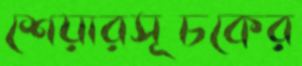
শেয়ারসূচকের